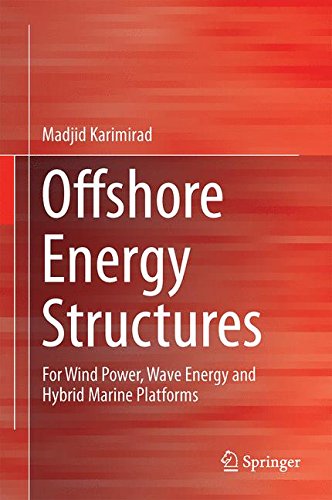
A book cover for Offshore Energy Structures: For Wind Power, Wave Energy and Hybrid Marine Platforms; Madjid Karimirad; Engineering & Transportation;